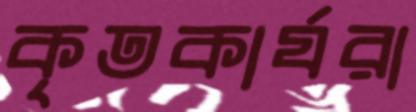
কৃতকার্যরা